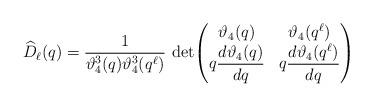
LaTeX: \begin{align*}\widehat{D}_\ell(q)=\frac{1}{\vartheta_4^3(q)\vartheta_4^3(q^{\ell})}\,\operatorname{det}\!\begin{pmatrix} \vartheta_4(q) & \vartheta_4(q^{\ell}) \\q\dfrac{d\vartheta_4(q)}{dq} & q\dfrac{d\vartheta_4(q^{\ell})}{dq}\end{pmatrix}\end{align*}